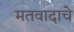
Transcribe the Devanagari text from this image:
मतवादाचे